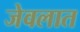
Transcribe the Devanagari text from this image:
जेवलात